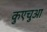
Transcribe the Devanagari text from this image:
कुएचुआ